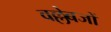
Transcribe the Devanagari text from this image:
वल्लेबजों